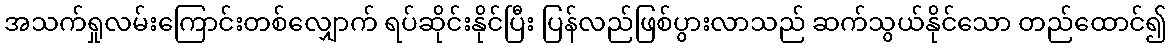
အသက်ရှုလမ်းကြောင်းတစ်လျှောက် ရပ်ဆိုင်းနိုင်ပြီး ပြန်လည်ဖြစ်ပွားလာသည် ဆက်သွယ်နိုင်သော တည်ထောင်၍